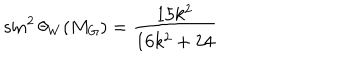
LaTeX: \sin ^ { 2 } \theta _ { W } ( M _ { G } ) = \frac { 1 5 k ^ { 2 } } { 1 6 k ^ { 2 } + 2 4 }